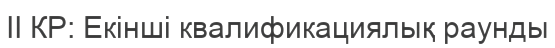
ІІ КР: Екінші квалификациялық раунды